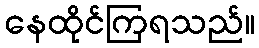
နေထိုင်ကြရသည်။